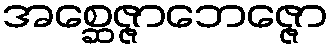
အစ္ဆေဇ္ဇာဘေဇ္ဇော